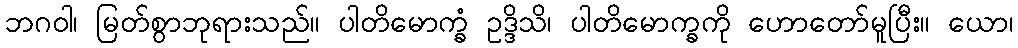
ဘဂဝါ၊ မြတ်စွာဘုရားသည်။ ပါတိမောက္ခံ ဥဒ္ဒိသိ၊ ပါတိမောက္ခကို ဟောတော်မူပြီး။ ယော၊